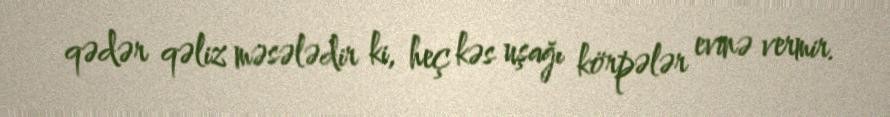
qədər qəliz məsələdir ki, heç kəs uşağı körpələr evinə vermir.